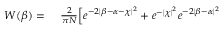
\begin{array} { r l } { W ( \beta ) = \ } & { { } \frac { 2 } { \pi N } \Big [ e ^ { - 2 \lvert \beta - \alpha - \chi \rvert ^ { 2 } } + e ^ { - \lvert \chi \rvert ^ { 2 } } e ^ { - 2 \lvert \beta - \alpha \rvert ^ { 2 } } } \end{array}